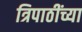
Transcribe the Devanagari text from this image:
त्रिपाठींच्या